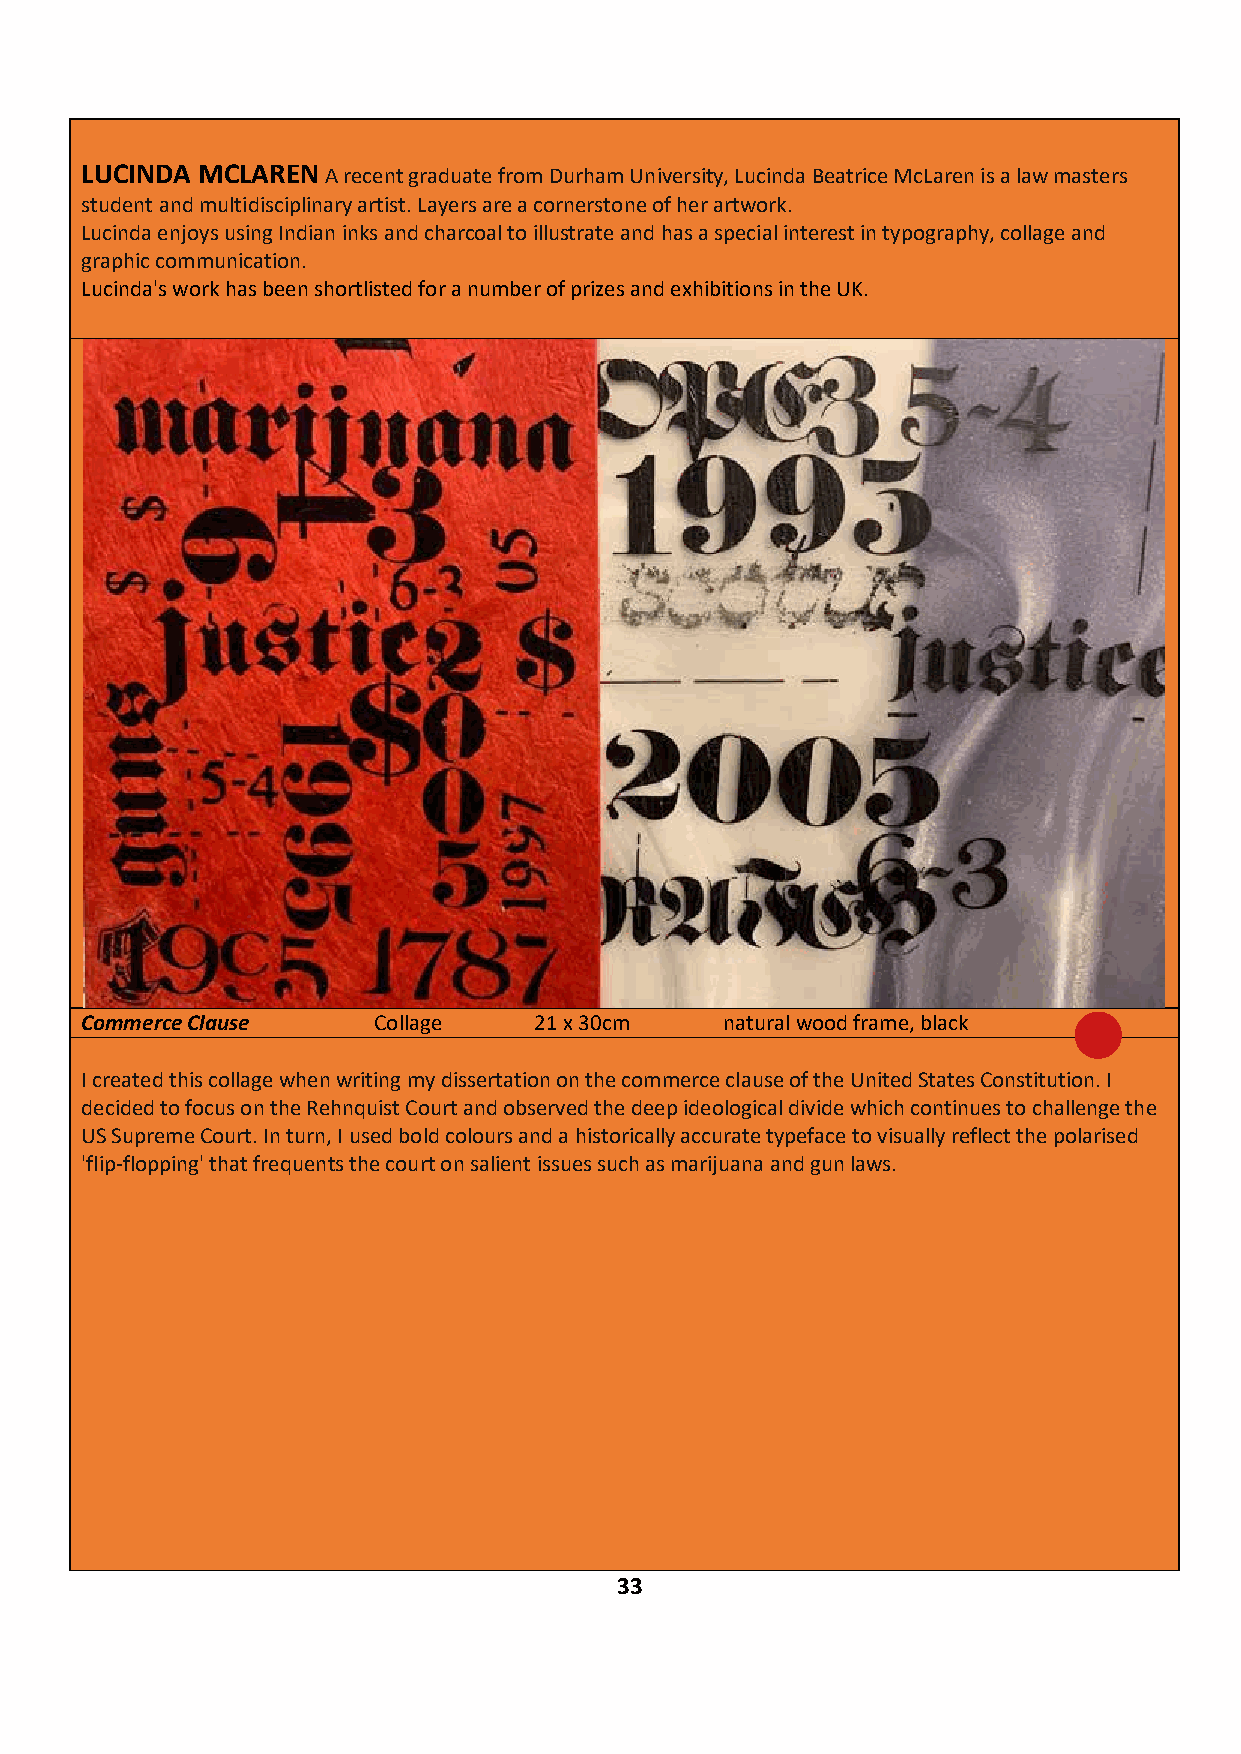
LUCINDA MCLAREN  A recent graduate from Durham University, Lucinda Beatrice McLaren is a law masters
 student and multidisciplinary artist. Layers are a cornerstone of her artwork.
 Lucinda enjoys using Indian inks and charcoal to illustrate and has a special interest in typography, collage and
 graphic communication.
 Lucinda's work has been shortlisted for a number of prizes and exhibitions in the UK.
 Commerce Clause     Collage   21 x 30cm    natural wood frame, black £275
 I created this collage when writing my dissertation on the commerce clause of the United States Constitution. I
 decided to focus on the Rehnquist Court and observed the deep ideological divide which continues to challenge the
 US Supreme Court. In turn, I used bold colours and a historically accurate typeface to visually reflect the polarised
 'flip-flopping' that frequents the court on salient issues such as marijuana and gun laws.
 IF YOU ARE INTERESTED IN BUYING THIS WORK CONTACT: ADRIAN HILL - 01263 713883
 33